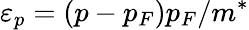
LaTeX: \varepsilon_{p}=(p-p_{F})p_{F}/m^{*}